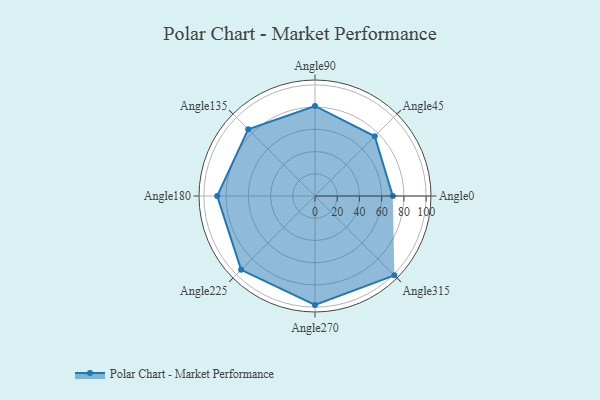
{"axis": {"x": "Angle", "y": "Radius"}, "legend": [""], "data": [{"x": "Angle0", "y": 70.0, "type": ""}, {"x": "Angle45", "y": 76.0, "type": ""}, {"x": "Angle90", "y": 81.0, "type": ""}, {"x": "Angle135", "y": 85.0, "type": ""}, {"x": "Angle180", "y": 88.0, "type": ""}, {"x": "Angle225", "y": 94.0, "type": ""}, {"x": "Angle270", "y": 98.0, "type": ""}, {"x": "Angle315", "y": 101.0, "type": ""}]}